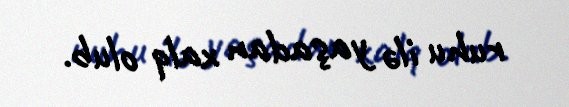
ruhu ilə yaşadan xalq olub.